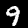
Label: 9